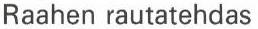
Raahen rautatehdas